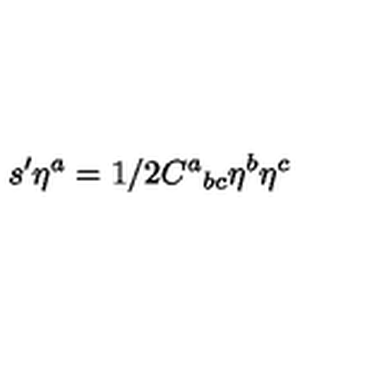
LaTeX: s ^ { \prime } \eta ^ { a } = 1 / 2 C ^ { a } { } _ { b c } \eta ^ { b } \eta ^ { c }